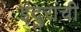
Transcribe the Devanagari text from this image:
इंदुरांची